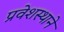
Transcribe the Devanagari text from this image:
प्रवेशस्थाने